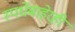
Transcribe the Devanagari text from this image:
स्पर्धेबाहेरही